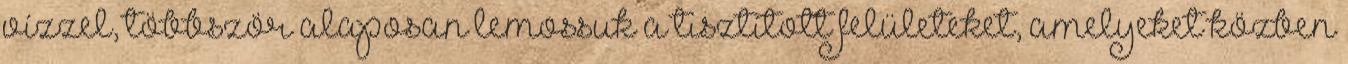
vízzel, többször alaposan lemossuk a tisztított felületeket, amelyeket közben